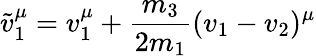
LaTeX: \tilde{v}_{1}^{\mu}=v_{1}^{\mu}+\frac{m_{3}}{2m_{1}}(v_{1}-v_{2})^{\mu}